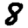
Digit: 8